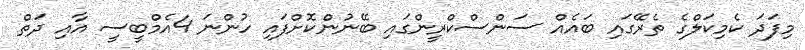
މިފަދަ ކެމިކަލްގެ ތެރޭގައި ބައެއް ސަންސްކްރީންގައި ބޭނުންކޮށްފައި ހުންނަ 4އެމްބީސީ އާއި ދަތް